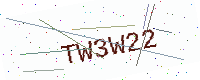
Text: TW3W22